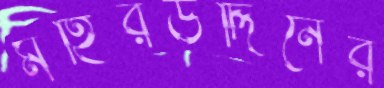
মহিরউদ্দিনের